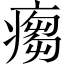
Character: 𱱠